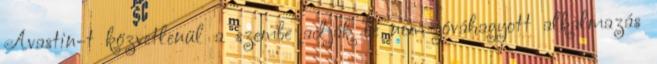
Avastin-t közvetlenül a szembe adják be nem jóváhagyott alkalmazás